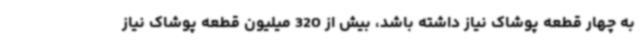
به چهار قطعه پوشاک نیاز داشته باشد، بیش از 320 میلیون قطعه پوشاک نیاز